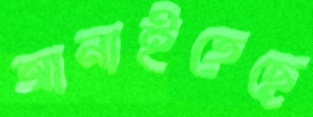
আনাইতেছে